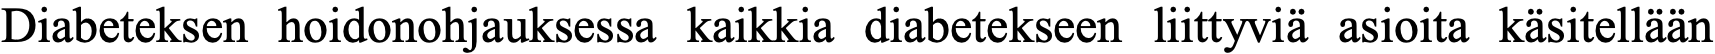
Diabeteksen hoidonohjauksessa kaikkia diabetekseen liittyviä asioita käsitellään